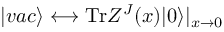
| v a c \rangle \longleftrightarrow \mathrm { T r } Z ^ { J } ( x ) | 0 \rangle | _ { x \to 0 }